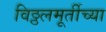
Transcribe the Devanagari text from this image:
विठ्ठलमूर्तीच्या